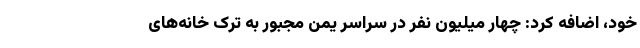
خود، اضافه کرد: چهار میلیون نفر در سراسر یمن مجبور به ترک خانه‌های